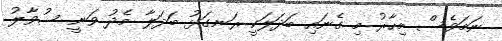
ނަމަވެސް މިހާރު މި ގެނައި ބަދަލަކީ ރަނގަޅު ބަދަލާ މެދު ވަނީ ސުވާލު